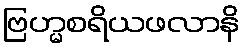
ဗြဟ္မစရိယဖလာနိ